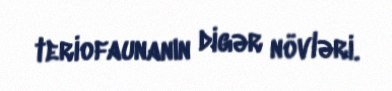
teriofaunanın digər növləri.